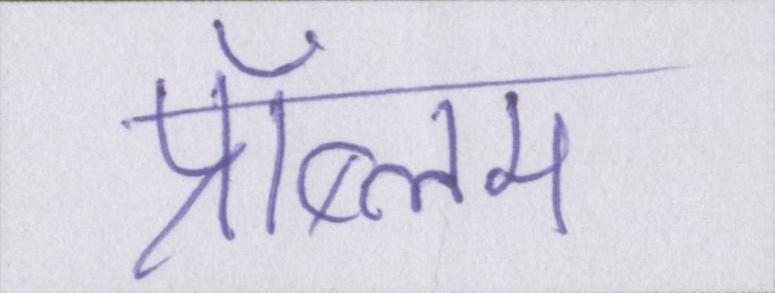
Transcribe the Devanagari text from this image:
प्रॉब्लम